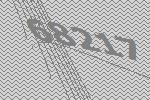
68217